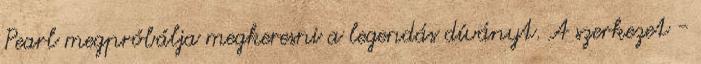
Pearl megpróbálja megkeresni a legendás díványt. A szerkezet -